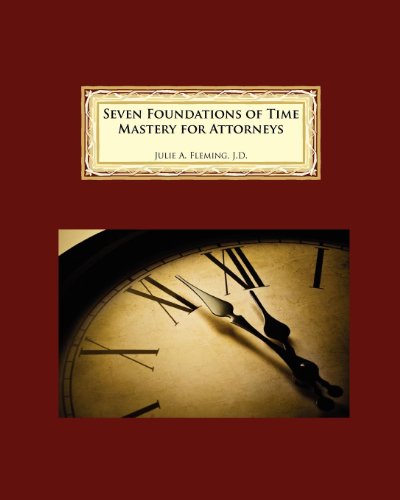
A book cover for Seven Foundations of Time Mastery for Attorneys; Julie A. Fleming; Law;